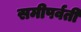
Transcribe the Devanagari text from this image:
समीपर्वती